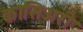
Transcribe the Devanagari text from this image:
कासिअरी